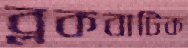
ব্লকবাটিক